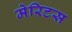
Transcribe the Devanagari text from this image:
मेरिटस